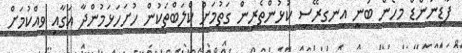
ފާޑިނަންޑް މިހެން ބުނީ އިނގިރޭސި ކުޅުންތެރިން ގަތުމަށް ކްލަބްތަކުން ހުށަހަޅަމުންދާ އަގާއި ވިއްކުމަށް